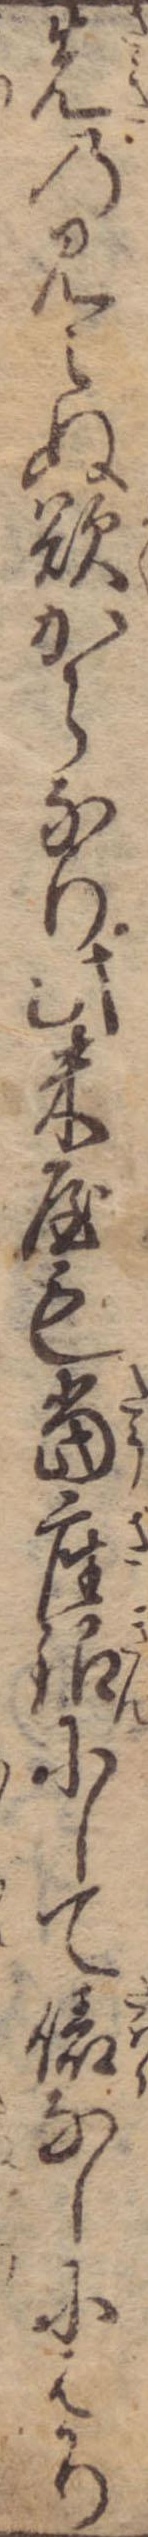
先の見えぬ欲からなり此米屋も当座銀にして俵なしにはかり